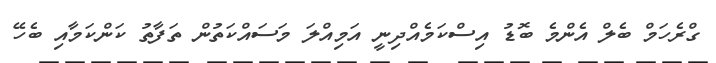
ގްރެހަމް ބެލް އެންމެ ބޮޑު އިސްކަމެއްދިނީ އަމިއްލަ މަސައްކަތުން ތަފާތު ކަންކަމާއި ބެހޭ